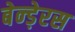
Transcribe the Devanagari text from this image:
बेन्ड़ेरस